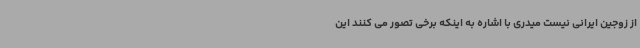
از زوجین ایرانی نیست میدری با اشاره به اینکه برخی تصور می کنند این